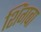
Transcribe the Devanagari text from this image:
शिंगबा